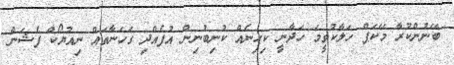
ބޭނުންކުރާ މޭކަޕް ހަލާކުވީމަ ހަދާނީ ކިހިނެއް ކުނިބުނިން އުފެއްދި ގަހަނާތައް ނިއުޔޯކް ފެޝަން